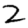
Digit: 2